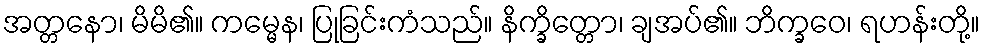
အတ္တနော၊ မိမိ၏။ ကမ္မေန၊ ပြုခြင်းကံသည်။ နိက္ခိတ္တော၊ ချအပ်၏။ ဘိက္ခဝေ၊ ရဟန်းတို့။